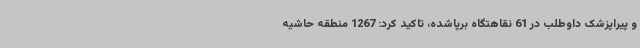
و پیراپزشک داوطلب در 61 نقاهتگاه برپاشده، تاکید کرد: 1267 منطقه حاشیه